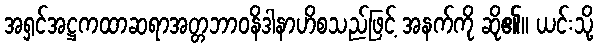
အရှင်အဋ္ဌကထာဆရာအတ္တဘာဝနိဒါနာဟိစသည်ဖြင့် အနက်ကို ဆို၏။ ယင်းသို့